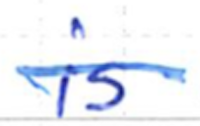
Text: is
Cross-out: mix
Writing tool: ballpoint